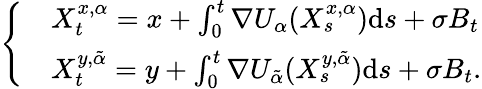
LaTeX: \left\{ \begin{array}{ll}&{X_{t}^{x,\alpha}=x+\int_{0}^{t}\nabla U_{\alpha}(X_{s}^{x,\alpha})\mathrm{d}s+\sigma B_{t}}\\ &{X_{t}^{y,\tilde{\alpha}}=y+\int_{0}^{t}\nabla U_{\tilde{\alpha}}(X_{s}^{y,\tilde{\alpha}})\mathrm{d}s+\sigma B_{t}.}\end{array}\right.